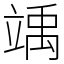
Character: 竬